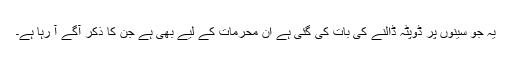
یہ جو سینوں پر ڈوپٹہ ڈالنے کی بات کی گئی ہے اُن محرمات کے لیے بھی ہے جن کا ذکر آگے آ رہا ہے۔